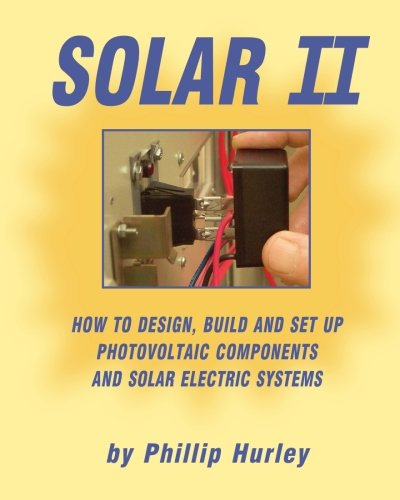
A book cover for Solar II: How to Design, Build and Set Up Photovoltaic Components and Solar Electric Systems; Phillip Hurley; Engineering & Transportation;